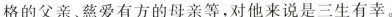
格的父亲、慈爱有方的母亲等,对他来说是三生有幸。